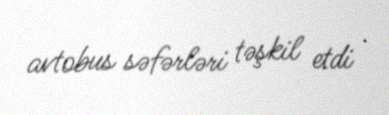
avtobus səfərləri təşkil etdi .